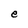
Character: e